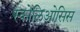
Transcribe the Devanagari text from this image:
स्कोलिओसिस